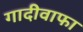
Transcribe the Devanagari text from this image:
गादीवाफा